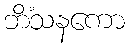
ဘိံသနကော